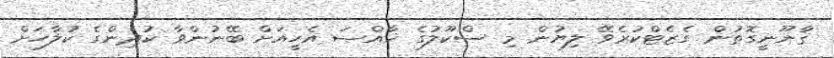
ޤާނޫނީގޮތުން ގެޒެޓްކުރެވޭ ލިޔުން މި ސްކޫލުގެ ޚާއްޞަ އެހީއަށް ބޭނުންވާ ކުދިންގެ ކުލާހަށް